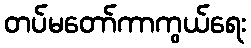
တပ်မတော်ကာကွယ်ရေး